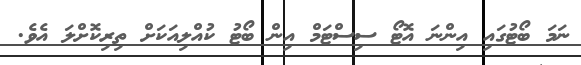
ނަމަ ބޯޓުގައި އިންނަ އޮޓޯ ސިސްޓަމް އިން ބޯޓު ކުއްލިއަކަށް ތިރިކޮށްލަ އެވެ.